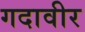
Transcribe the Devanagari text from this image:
गदावीर